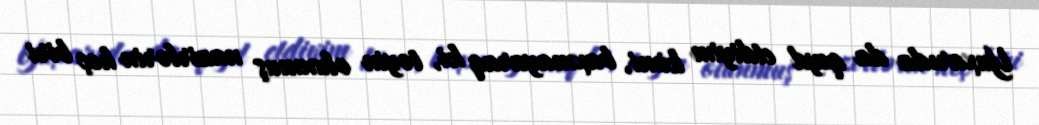
Yuxarıda da qeyd etdiyim kimi, baxmayaraq ki, təyin olunmuş nazirlərin heç biri